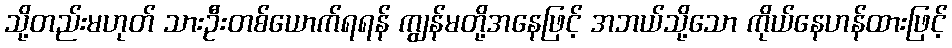
သို့တည်းမဟုတ် သားဦးတစ်ယောက်ရရန် ကျွန်မတို့အနေဖြင့် အဘယ်သို့သော ကိုယ်နေဟန်ထားဖြင့်